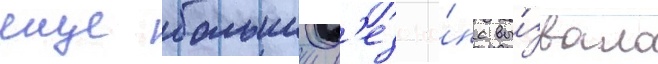
еще большии р'езона́нс вы́звало